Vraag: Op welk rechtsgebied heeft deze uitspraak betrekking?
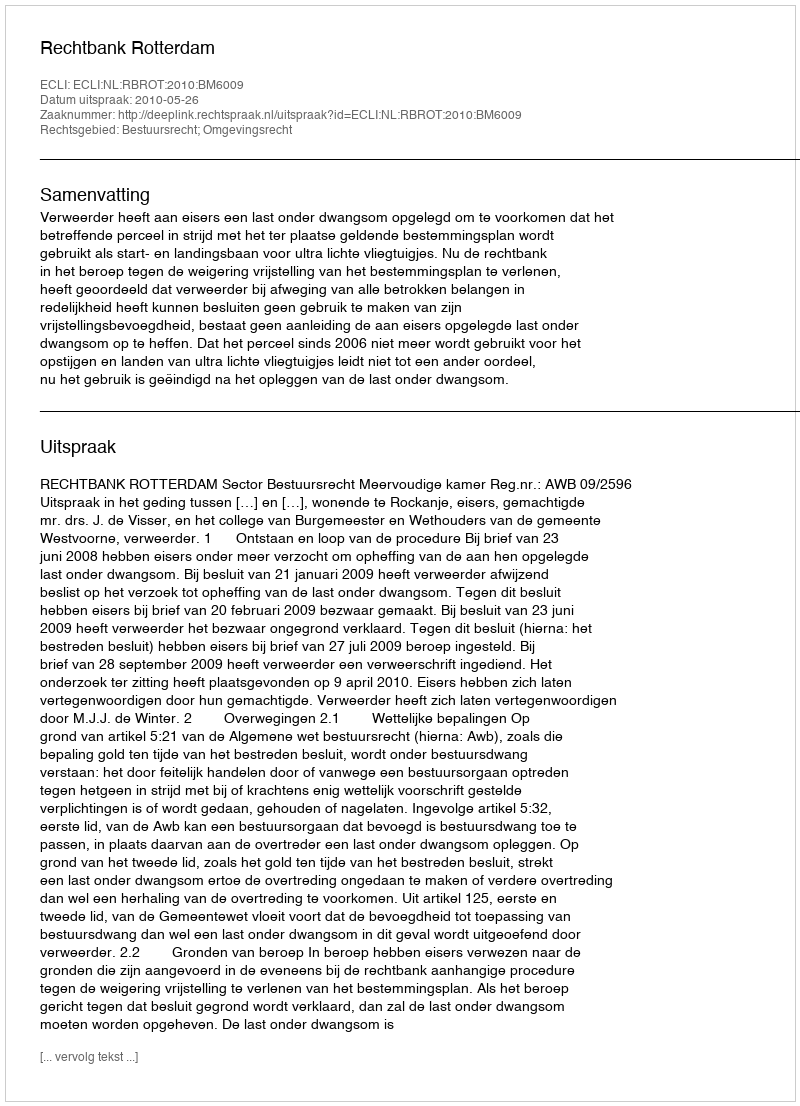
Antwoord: Bestuursrecht; Omgevingsrecht